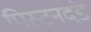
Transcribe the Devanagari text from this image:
पिस्टनदंड